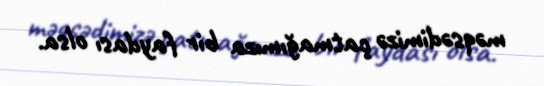
məqsədimizə çatmağımıza bir faydası olsa.